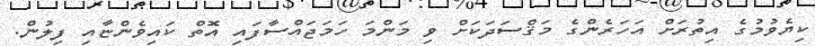
ކިޔެވުމުގެ އިތުރަށް އަހަރެންގެ މަޤްސަދަކަށް ވި މަންމަ ހަމަޖައްސާފައި އޮތް ކައިވެންޏާއި ފިލުން.